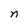
Character: n